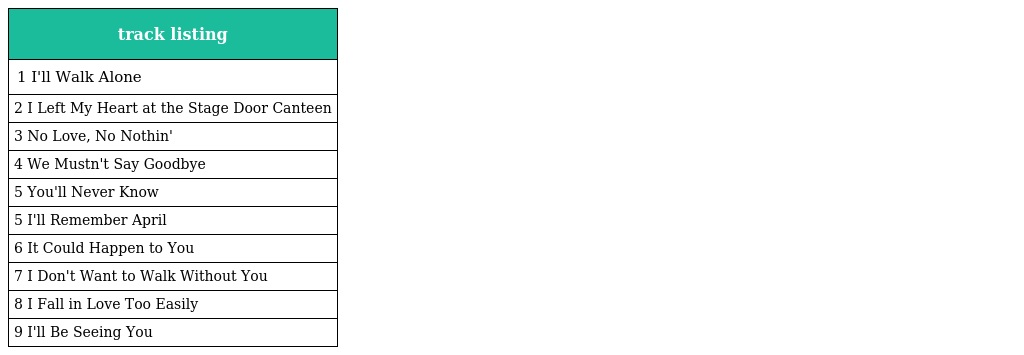
| track listing |
 | --- |
 | 1 I'll Walk Alone |
 | 2 I Left My Heart at the Stage Door Canteen |
 | 3 No Love, No Nothin' |
 | 4 We Mustn't Say Goodbye |
 | 5 You'll Never Know |
 | 5 I'll Remember April |
 | 6 It Could Happen to You |
 | 7 I Don't Want to Walk Without You |
 | 8 I Fall in Love Too Easily |
 | 9 I'll Be Seeing You |